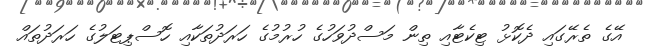
އޭގެ ތެރޭގައި ދެކޮޅު ޓިކެޓާއި ތިން މަސްދުވަހުގެ ހުރުުމުގެ ހަރަދުތަކާއި ހޮސްޕިޓަލުގެ ހަރަދުތައް